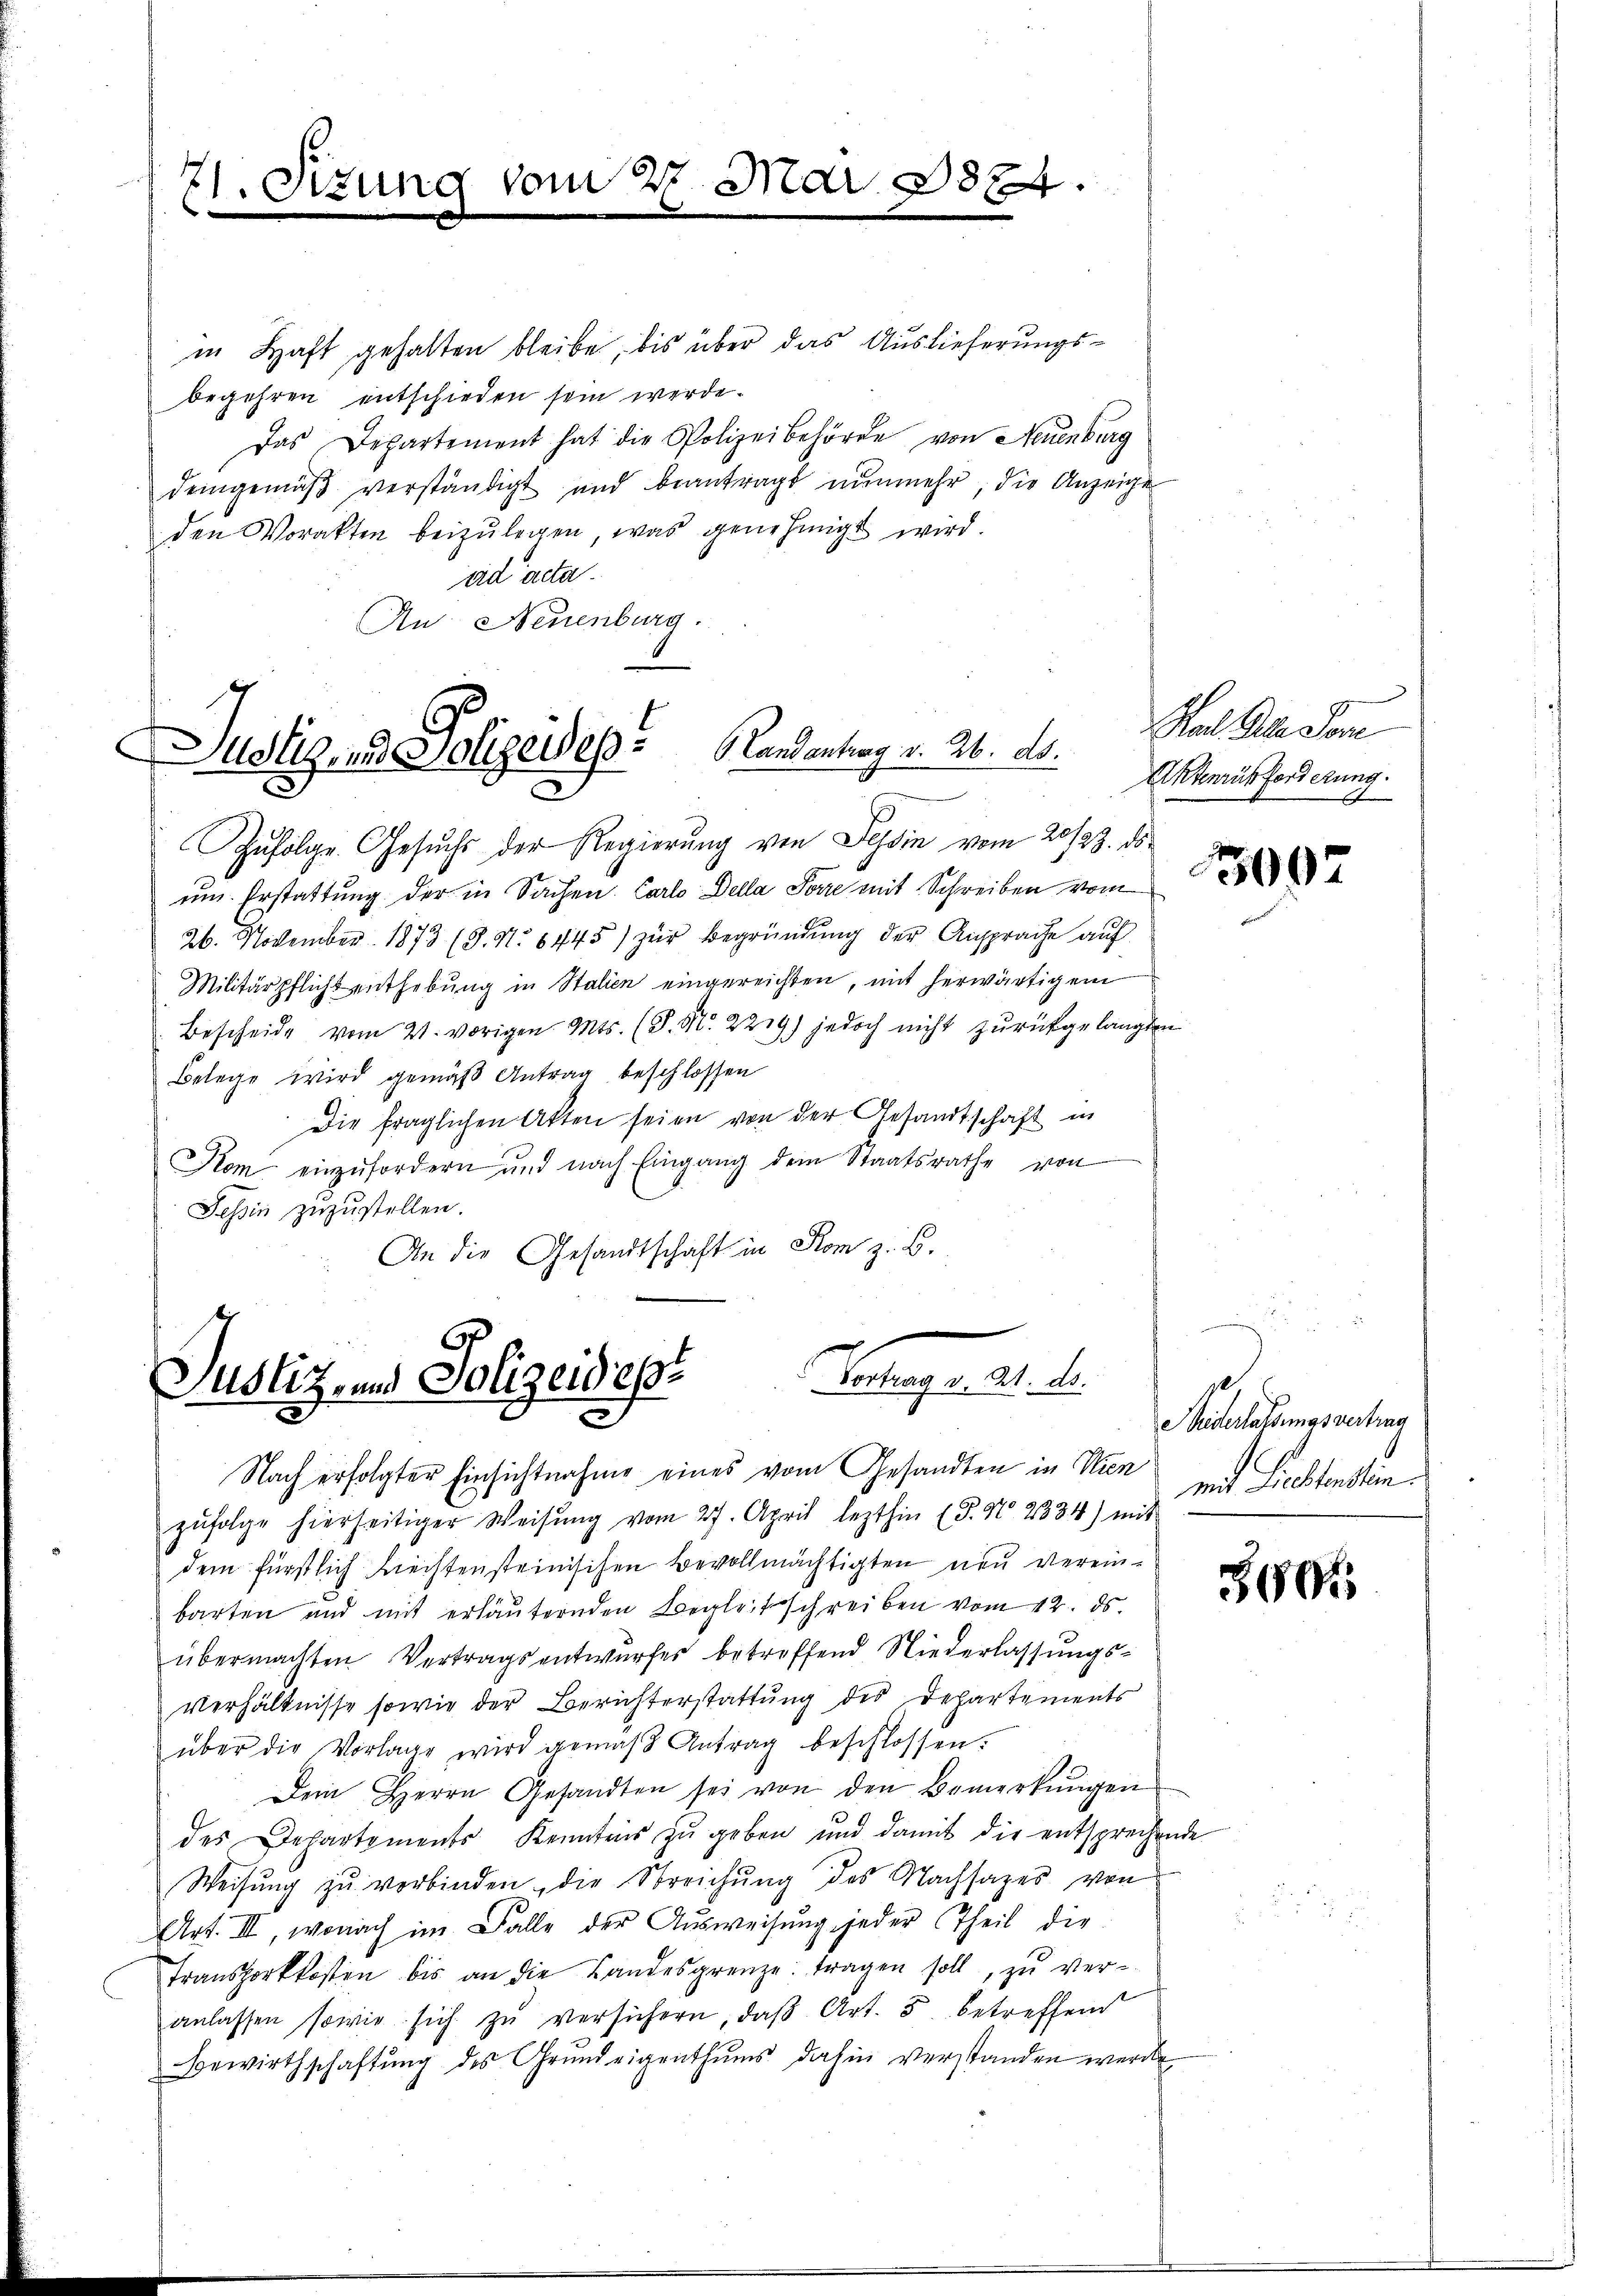
21. Sitzung vom 2. Mai 1874.

in Haft gehalten bleibe, bis über das Auslieferungsbegehren entschieden sein werde.
Das Departement hat die Polizeibehörde von Neuenburg
demgemäβ verständigt und beantragt nunmehr, die Anzeige
den Vorakten beizŭlegen, was genehmigt wird.
ad acta.
An Neuenburg.

Justiz, d. Polizeidesp. Landantrag v. 26. ds.

Justiz- und Polizeides Vortrag v. 21. d.

Zŭfolge Gesuchs der Regierung von Tessin vom 20/23. ds.
um. Erstattung der in Sachen. Carlo Della Sorre mit Schreiben vom
26. November 1873 (8. No 6445) zur Begründung der Ansprache auf
Militärpflicht enthebung in Stalien eingereichten, mit herwärtig em
Bescheide vom 21. vorigen. Mts. (S. Nr. 2279) jedoch nicht zurückgelangten
Belege wird gemäß Antrag beschlossen
Die fraglichen Akten seien von der Gesandtschaft in
Kom einzŭfordern und nach Eingang dem Staatsrathe von
Tessin zuzustellen.
An die Gesandtschaft in Rom z. B.

Nach erfolgter Einsichtnahme eines vom Gesandten in Wien
zŭfolge hierseitiger Weisŭng vom 27. April lezthin (T. N. 2334) mit
dem fürstlich liechtensteinischen Bevollmächtigten neu vereinbarten und mit erläuternden Begleitschreiben vom 12. ds.
übermachten Vertragsentwurfes betreffend Niederlassungs¬
Verhältnisse sowie der Berichterstattung des Departements
über die Vorlage wird gemäβ Antrag beschlossen:
Dein Herrn Gesandten sei von den Bemerkŭngen
des Departements Kenntens zu geben und damit die entsprechende
Weisŭng zŭ verbinden, die Streichŭng des Nachsages von
Art. III, wonach im Falle der Aŭsweisŭng jeder Theil die
Transporkkosten bis an die Landesgrenze tragen soll, zu ver-
anlassen sowie sich zŭ versichern, daβ Art. 5 betreffend
Bewirthschaftŭng des Grŭndeigenthŭms dahin verstanden werde.

Ral Gebe Som
Aktenrusforderung.

1007

Nederatenmosenting
mit Petentin.

3805